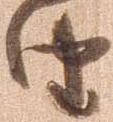
由